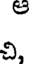
ల